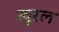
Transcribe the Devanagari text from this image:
खुरल